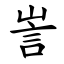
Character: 訔